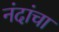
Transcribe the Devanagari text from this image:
नंदांचा